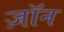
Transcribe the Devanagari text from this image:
ज़ॉन